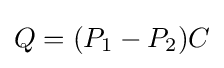
Q=(P_{1}-P_{2})C